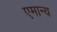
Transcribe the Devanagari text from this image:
एमान्य